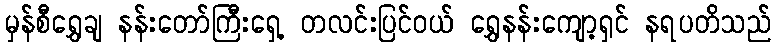
မှန်စီရွှေချ နန်းတော်ကြီးရှေ့ တလင်းပြင်ဝယ် ရွှေနန်းကျော့ရှင် နရပတိသည်